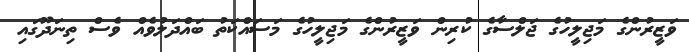
ވަޒީރުންގެ މަޖިލީހުގެ ޖަލްސާގެ ކުރިން ވަޒީރުންގެ މަޖިލީހުގެ މަސައްކަތު ބައްދަލުވެއް ވެސް ތިނަދޫގައި